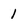
Character: 1